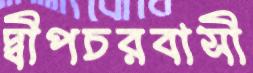
দ্বীপচরবাসী